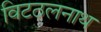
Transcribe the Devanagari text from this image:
विटठलनाथ